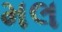
મલ